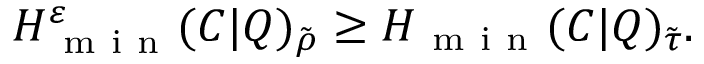
H _ { \mathrm { ~ m ~ i ~ n ~ } } ^ { \varepsilon } ( C | Q ) _ { \tilde { \rho } } \geq H _ { \mathrm { ~ m ~ i ~ n ~ } } ( C | Q ) _ { \tilde { \tau } } .